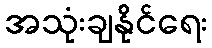
အသုံးချနိုင်ရေး